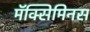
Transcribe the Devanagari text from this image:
मॅक्सिमिनस